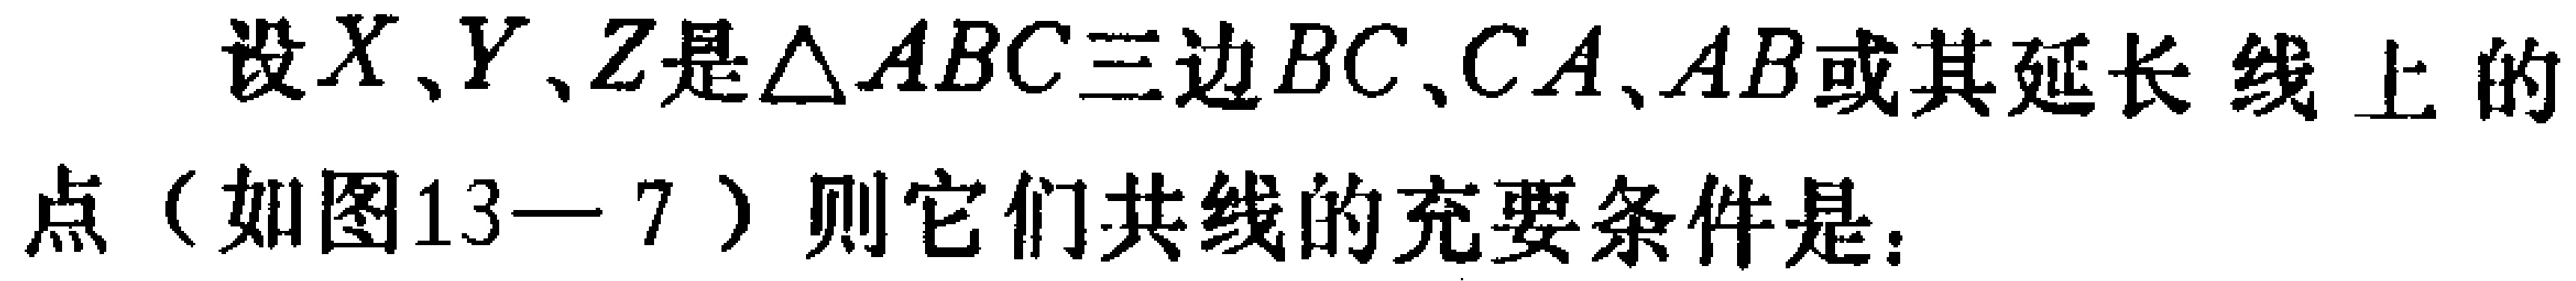
设\(X、Y、Z\)是\(\triangle ABC\)三边\(BC、CA、AB\)或其延长线上的点（如图13—7）则它们共线的充要条件是：